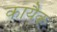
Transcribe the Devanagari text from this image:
कायैक